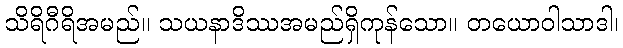
သိရိဂီရိအမည်။ သယနာဒိဿအမည်ရှိကုန်သော။ တယောဝါသာဒါ၊